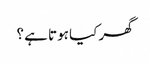
گھر کیا ہوتا ہے ؟